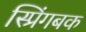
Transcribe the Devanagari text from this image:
स्प्रिंगबक